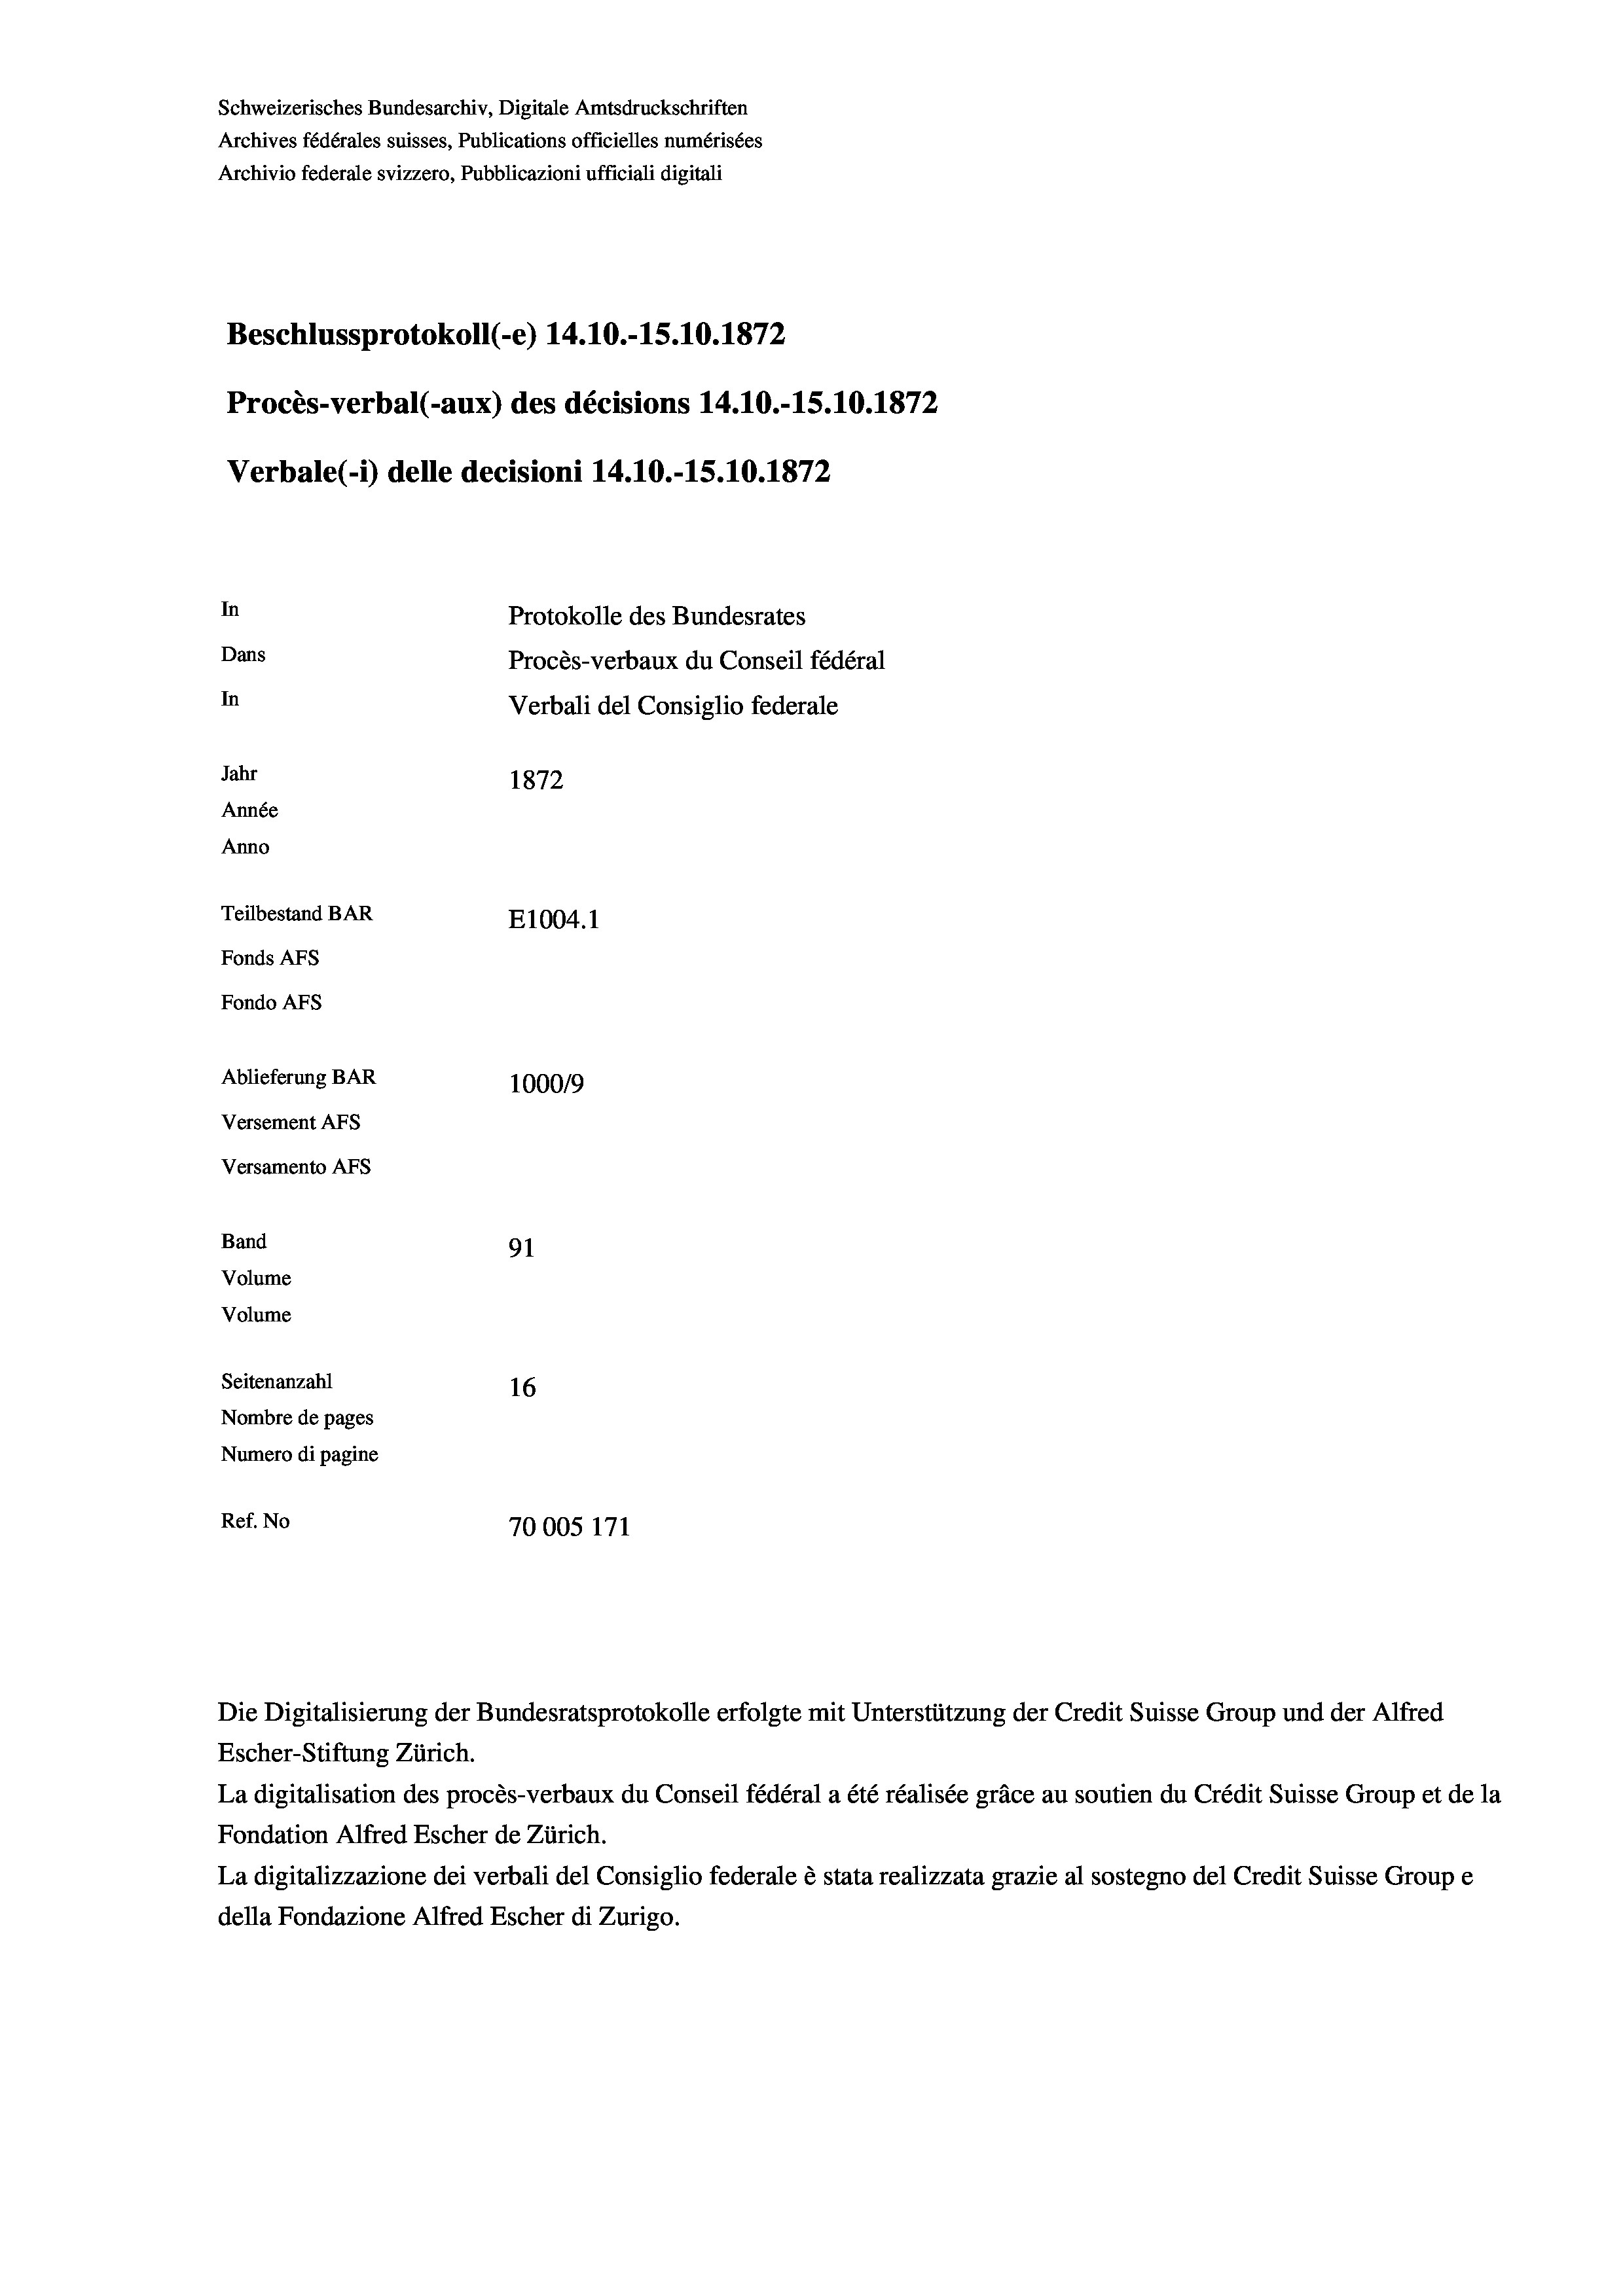
Schweizerisches Bundesarchiv, Digitale Amtsdruckschriften
Archives fédérales suisses, Publications officielles numérisées
Archivio federale svizzero, Pubblicazioni ufficiali digitali
Beschlussprotokoll (e) 14.10.-15.10.1872
Procès-verbal (-aux) des décisions 14.10.-15.10.1872
Verbale (- 1) delle decisioni 14.10.-15.10.1872
In
Protokolle des Bundesrates
Dans
Procès-verbaux du Conseil fédéral
In
Verbali del Consiglio federale
Jahr
1872
Année
Anno
Teilbestand BAR
E1004. 1
Fonds AFs
Fondo AFs
Ablieferung BAR
100019
Versement AFs
Versamento Afs
Band
91
Volume
Volume
Seitenanzahl
16
Nombre de pages
Numero di pagine
Ref. No
70005 171

La digitalisation des procès-verbaux du Conseil fédéral a été réalisée gräce au soutien du Crédit Suisse Group et de la
Fondation Alfred Escher de Zürich.
La digitalizzazione dei verbali del Consiglio federale è stata realizzata grazie al sostegno del Credit Suisse Groupe
della Fondazione Alfred Escher di Zurigo.

Die Digitalisierung der Bundesratsprotokolle erfolgte mit Unterstützung der Credit Suisse Group und der Alfred

Escher-Stiftung Zürich.